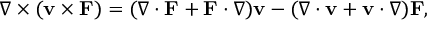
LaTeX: \nabla \times \left( \mathbf { v } \times \mathbf { F } \right) = ( \nabla \cdot \mathbf { F } + \mathbf { F } \cdot \nabla ) \mathbf { v } - ( \nabla \cdot \mathbf { v } + \mathbf { v } \cdot \nabla ) \mathbf { F } ,